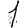
Digit: 1